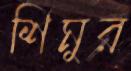
শিমুর